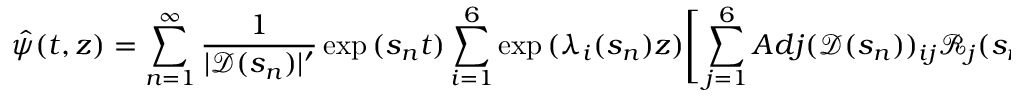
\hat { \psi } ( t , z ) = \sum _ { n = 1 } ^ { \infty } \frac { 1 } { | \mathscr { D } ( s _ { n } ) | ^ { \prime } } \exp { ( s _ { n } t ) } \sum _ { i = 1 } ^ { 6 } \exp { ( \lambda _ { i } ( s _ { n } ) z ) } \Bigg [ \sum _ { j = 1 } ^ { 6 } A d j ( \mathscr { D } ( s _ { n } ) ) _ { i j } \mathscr { R } _ { j } ( s _ { n } ) \Bigg ]